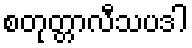
စတုတ္တာလီသပဒါ